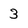
Character: 3